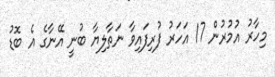
މިހާރު އުމުރުން 17 އަހަރު ފުރިފައިވާ ނަތާލިޔާ ބުނީ އޭނާގެ އެ ބޮޑު